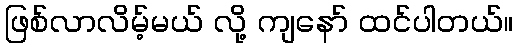
ဖြစ်လာလိမ့်မယ် လို့ ကျနော် ထင်ပါတယ်။